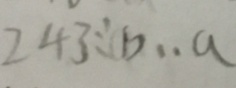
2 4 3 \div b \cdot a